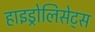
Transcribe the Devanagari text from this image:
हाइड्रोलिसेट्स